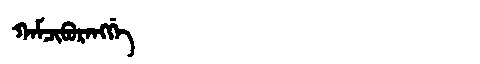
Manchu: ᡴᠠᠮᠴᡳᠪᡠᡵᠠᠩᡤᡝ
Romanization: KAMCIBURANGGE